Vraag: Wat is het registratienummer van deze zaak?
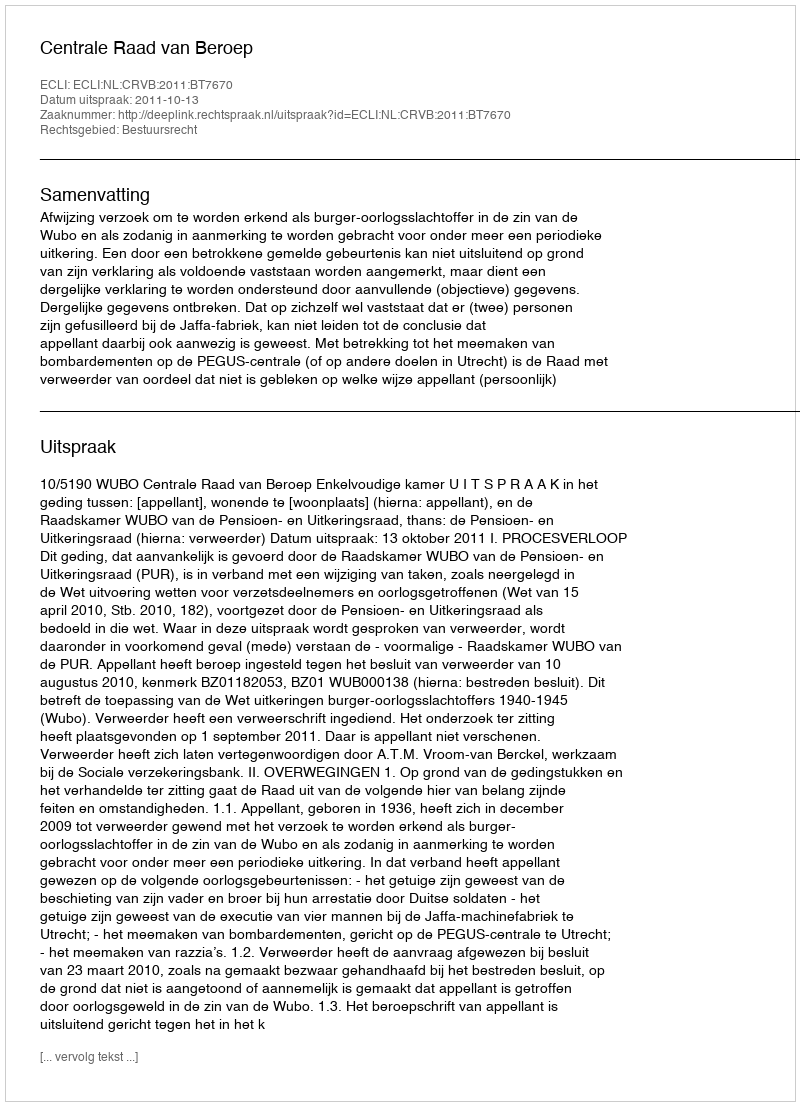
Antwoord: http://deeplink.rechtspraak.nl/uitspraak?id=ECLI:NL:CRVB:2011:BT7670